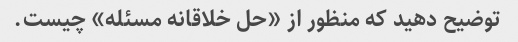
توضیح دهید که منظور از «حل خلاقانه مسئله» چیست.